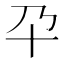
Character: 𰅮